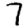
Digit: 7